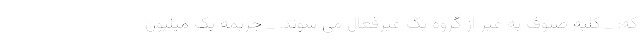
که: _ کلیه صنوف به غیر از گروه یک غیرفعال می شوند. _ جریمه یک میلیون